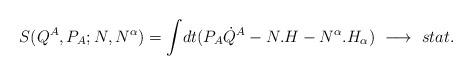
LaTeX: \begin{align*}S(Q^{A},P_{A};N,N^{\alpha}) = {\int} dt(P_{A}{\dot Q}^{A}-N.H-N^{\alpha}.H_{\alpha})\ \longrightarrow\ stat.\end{align*}